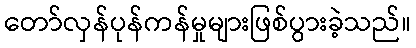
တော်လှန်ပုန်ကန်မှုများဖြစ်ပွားခဲ့သည်။